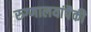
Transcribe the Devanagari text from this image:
रुग्णालयांपैकी